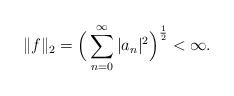
LaTeX: \begin{align*}\|f\|_2 = \Big(\sum\limits_{n=0}^{\infty} |a_n|^2 \Big)^{\frac{1}{2}}< \infty.\end{align*}